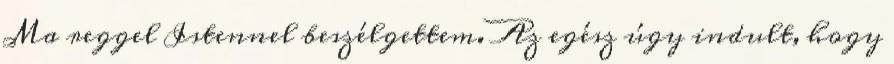
Ma reggel Istennel beszélgettem. Az egész úgy indult, hogy